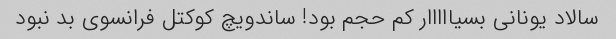
سالاد یونانی بسیااااار کم حجم بود! ساندویچ کوکتل فرانسوی بد نبود